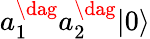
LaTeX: a_{1}^{\dag}a_{2}^{\dag}|0\rangle